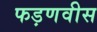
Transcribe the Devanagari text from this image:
फड़णवीस